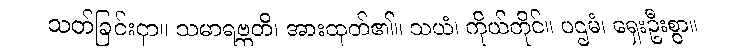
သတ်ခြင်းငှာ။ သမာရဗ္ဘတိ၊ အားထုတ်၏။ သယံ၊ ကိုယ်တိုင်။ ပဌမံ၊ ရှေးဦးစွာ။